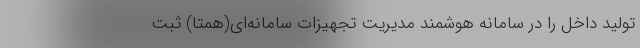
تولید داخل را در سامانه هوشمند مدیریت تجهیزات سامانه‌ای(همتا) ثبت